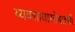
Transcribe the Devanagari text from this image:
व्यवसायासोबतची